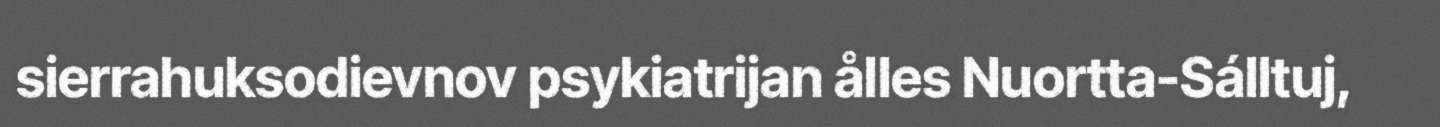
sierrahuksodievnov psykiatrijan ålles Nuortta-Sálltuj,